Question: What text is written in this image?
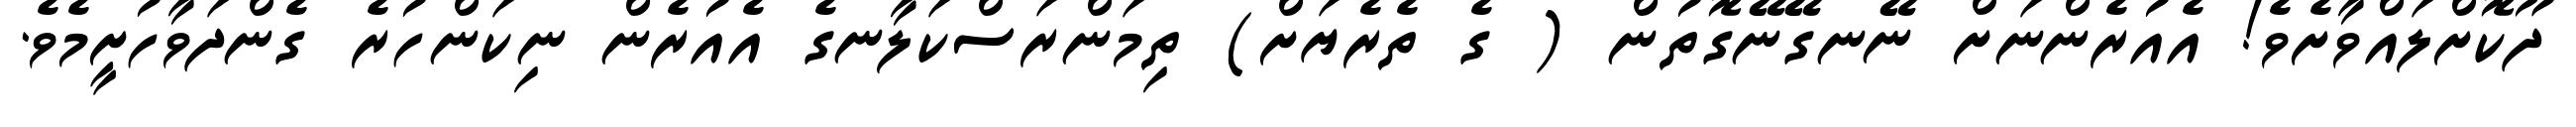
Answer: ދޫކޮށްލައްވާށެވެ! އެއުރެންނަށް ނޭނގޭނޭގޮތުން ( ގެ ތެރެޔަށް) ތިމަންރަސްކަލާނގެ އެއުރެން ނިކަންހުރެ ގެންދަވާހުށީމެވެ.